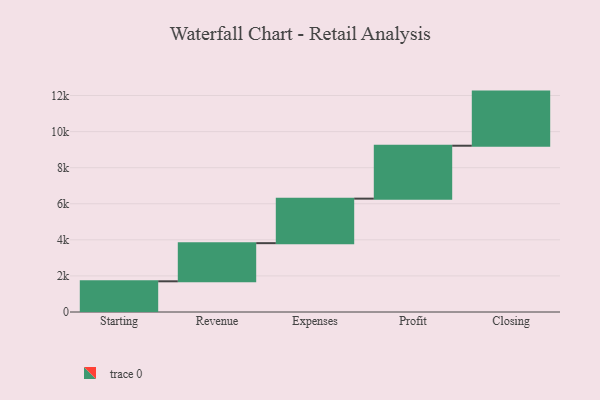
{"axis": {"x": "Step", "y": "Value"}, "legend": [""], "data": [{"x": "Starting", "y": 1702.0, "type": ""}, {"x": "Revenue", "y": 2114.0, "type": ""}, {"x": "Expenses", "y": 2468.0, "type": ""}, {"x": "Profit", "y": 2934.0, "type": ""}, {"x": "Closing", "y": 3000, "type": ""}]}